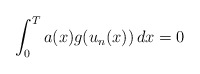
\begin{align*}\int_{0}^{T}a(x)g(u_{n}(x))~\!dx = 0\end{align*}